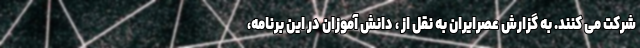
شرکت می کنند. به گزارش عصرایران به نقل از ، دانش آموزان در این برنامه،